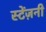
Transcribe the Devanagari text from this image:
स्टेंज़नी